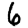
Digit: 6